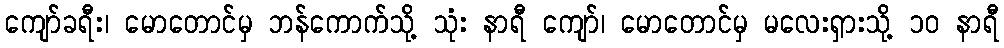
ကျော်ခရီး၊ မောတောင်မှ ဘန်ကောက်သို့ သုံး နာရီ ကျော်၊ မောတောင်မှ မလေးရှားသို့ ၁၀ နာရီ